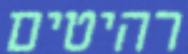
רהיטים